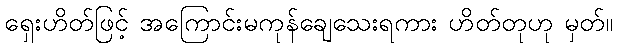
ရှေးဟိတ်ဖြင့် အကြောင်းမကုန်ချေသေးရကား ဟိတ်တုဟု မှတ်။